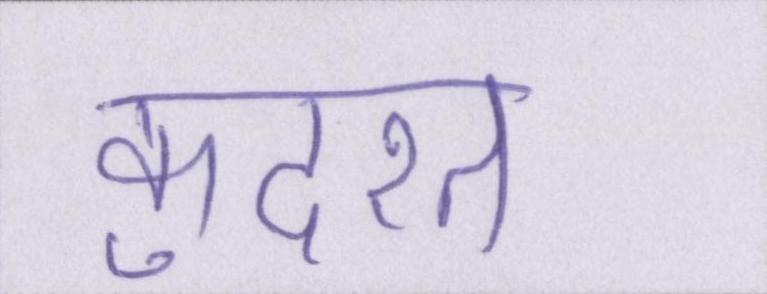
कुदरत